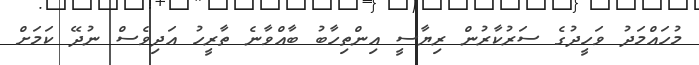
މުހައްމަދު ވަހީދުގެ ސަރުކާރުން ރިޔާސީ އިންތިހާބު ބާއްވާނެ ތާރީހު އަދިވެސް ނުދޭ ކަމަށް